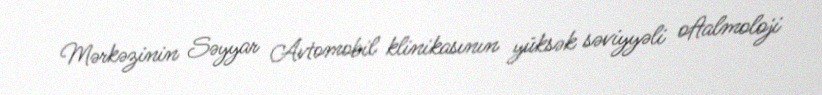
Mərkəzinin Səyyar Avtomobil klinikasının yüksək səviyyəli oftalmoloji